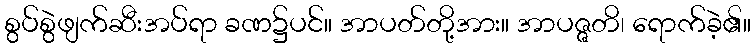
စွပ်စွဲဖျက်ဆီးအပ်ရာ ခဏ၌ပင်။ အာပတ်တို့အား။ အာပဇ္ဇတိ၊ ရောက်ခဲ့၏။